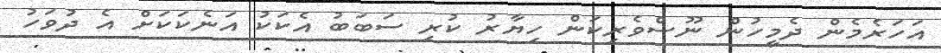
އަހަރެމެން ދެމީހުން ނޫސްވެރިކަން ހިޔާރު ކުރި ސަބަބު އެކަކު އަނެކަކަށް އެ ދުވަހު